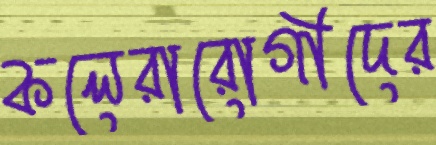
কলেরারোগীদের